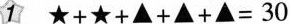
$$1 ★ + ★ + ▲ + ▲ + ▲ = 3 0$$